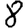
Digit: 8